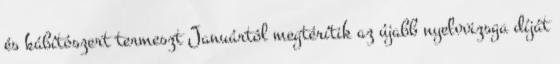
és kábítószert termeszt Januártól megtérítik az újabb nyelvvizsga díját